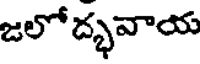
జలోద్భవాయ